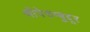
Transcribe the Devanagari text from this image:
श्रीपेरुम्बुद्दूर